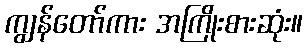
ကျွန်တော်ကား အကြိုးစားဆုံး။